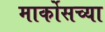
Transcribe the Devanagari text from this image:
मार्कोसच्या